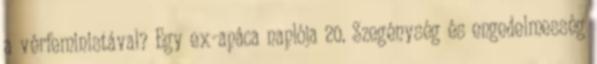
a vérfeministával? Egy ex-apáca naplója 20. Szegénység és engedelmesség